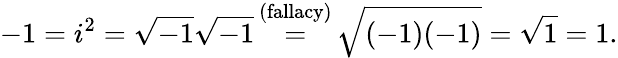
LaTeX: -1=i^{2}={\sqrt{-1}}{\sqrt{-1}}{\stackrel{\mathrm{~(fallacy)~}}{=}}{\sqrt{(-1)(-1)}}={\sqrt{1}}=1.